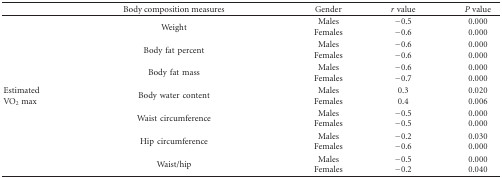
<table><thead><tr><td></td><td><b>Body composition measures</b></td><td><b>Gender</b></td><td><b><i>r</i> value</b></td><td><b><i>P</i> value</b></td></tr></thead><tbody><tr><td></td><td>Weight</td><td>MalesFemales</td><td>−0.5−0.6</td><td>0.0000.000</td></tr><tr><td></td><td>Bodyfatpercent</td><td>MalesFemales</td><td>−0.6−0.6</td><td>0.0000.000</td></tr><tr><td></td><td>Bodyfatmass</td><td>MalesFemales</td><td>−0.6−0.7</td><td>0.0000.000</td></tr><tr><td>Estimated VO<sub>2</sub> max</td><td>Bodywatercontent</td><td>MalesFemales</td><td>0.30.4</td><td>0.0200.006</td></tr><tr><td></td><td>Waistcircumference</td><td>MalesFemales</td><td>−0.5−0.5</td><td>0.0000.000</td></tr><tr><td></td><td>Hipcircumference</td><td>MalesFemales</td><td>−0.2−0.6</td><td>0.0300.000</td></tr><tr><td></td><td>Waist/hip</td><td>MalesFemales</td><td>−0.5−0.2</td><td>0.0000.040</td></tr></tbody></table>